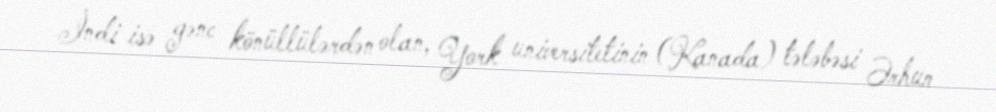
İndi isə gənc könüllülərdən olan, York universitetinin (Kanada) tələbəsi Ərhun